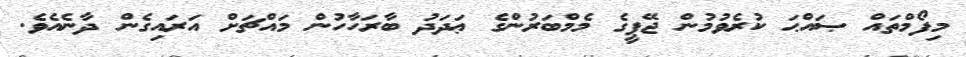
މިފޯމްތައް ޞައްޙަ ކުރެވުމުން ޖޭޕީގެ މެމްބަރުންގެ ޢަދަދު ބާރަހާހުން މައްޗަށް އަރައިގެން ދާނެއެވެ.